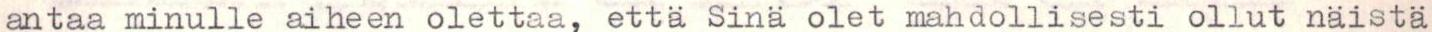
antaa minulle aiheen olettaa, etta Sinä olet mahdollisesti ollut näistä